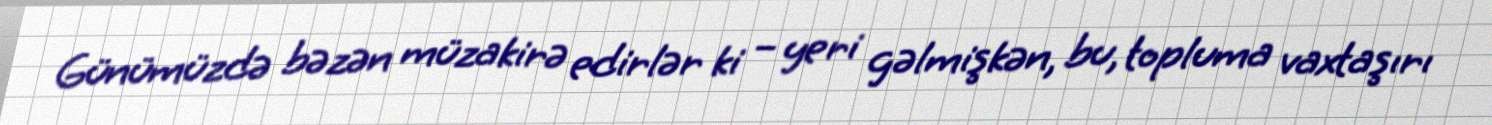
Günümüzdə bəzən müzakirə edirlər ki – yeri gəlmişkən, bu, topluma vaxtaşırı